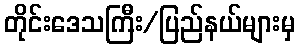
တိုင်းဒေသကြီး/ပြည်နယ်များမှ